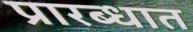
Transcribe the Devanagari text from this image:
प्रारब्धात